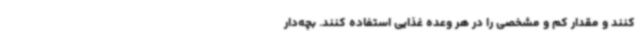
کنند و مقدار کم و مشخصی را در هر وعده غذایی استفاده کنند. بچه‌دار